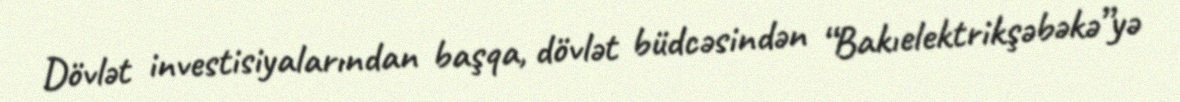
Dövlət investisiyalarından başqa, dövlət büdcəsindən “Bakıelektrikşəbəkə”yə